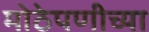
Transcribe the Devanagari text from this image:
मोठेपणीच्या